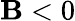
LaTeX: \mathbf{B}<0